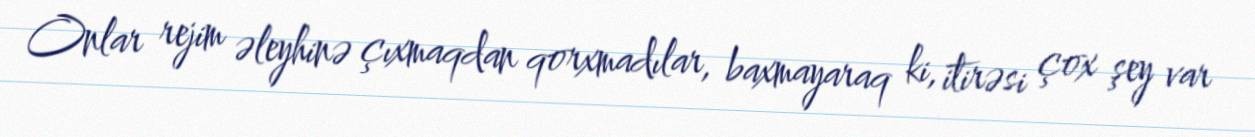
Onlar rejim əleyhinə çıxmaqdan qorxmadılar, baxmayaraq ki, itirəsi çox şey var